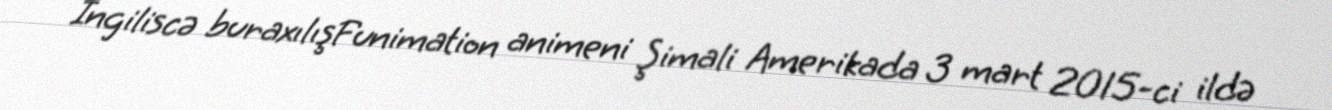
İngiliscə buraxılışFunimation animeni Şimali Amerikada 3 mart 2015-ci ildə